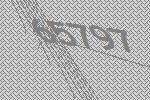
65797